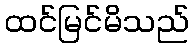
ထင်မြင်မိသည်